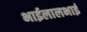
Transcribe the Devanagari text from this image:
भाईलालभाई